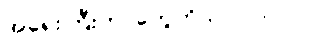
အရေးကြီးတာတွေကိုသာ လုပ်ပါ။